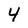
Character: 4